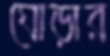
ঘোড়ার